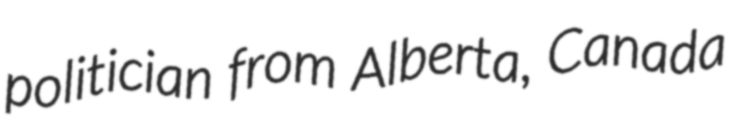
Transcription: politician from Alberta, Canada